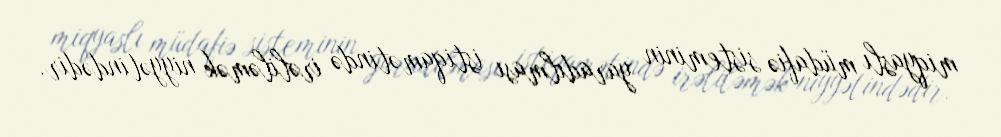
miqyaslı müdafiə sisteminin yaradılması istiqamətində irəliləmək niyyətindədir.